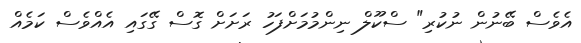
އެވެސް ބޭނުން ނުކުރި" ސްކޫލް ނިންމުމަށްފަހު ރަށަށް ގޮސް ގޭގައި އެއްވެސް ކަމެއް